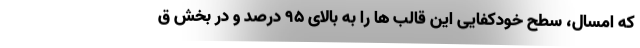
که امسال، سطح خودکفایی این قالب ها را به بالای ۹۵ درصد و در بخش ق